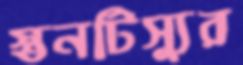
স্তনটিস্যুর